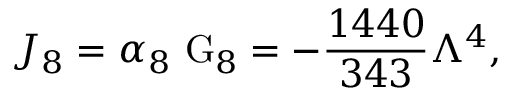
{ \cal J } _ { 8 } = \alpha _ { 8 } ~ \mathrm { G } _ { 8 } = - \frac { 1 4 4 0 } { 3 4 3 } \Lambda ^ { 4 } ,